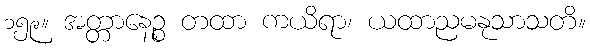
၁၅၉။ အတ္တာနေဉ္စ တထာ ကယိရာ၊ ယထာညမနုသာသတိ။